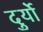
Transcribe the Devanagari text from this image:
दुर्यो